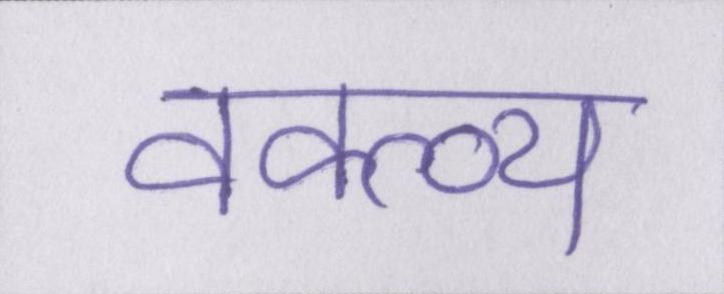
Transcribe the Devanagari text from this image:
वक्त्व्य